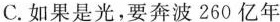
C.如果是光，要奔波260亿年